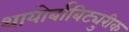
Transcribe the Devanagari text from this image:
थायोर्बाबिट्युरीक